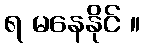
ရ မနေနိုင် ။